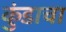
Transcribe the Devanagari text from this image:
कुंडाचा